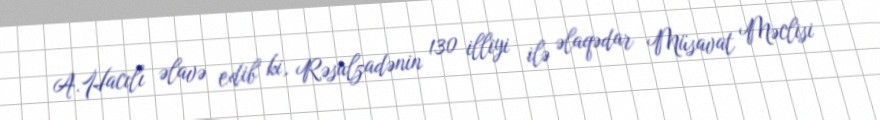
A.Hacılı əlavə edib ki, Rəsulzadənin 130 illiyi ilə əlaqədar Müsavat Məclisi